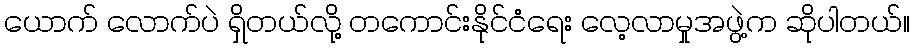
ယောက် လောက်ပဲ ရှိတယ်လို့ တကောင်းနိုင်ငံရေး လေ့လာမှုအဖွဲ့က ဆိုပါတယ်။